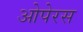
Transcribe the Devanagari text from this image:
ओपेरस